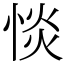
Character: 惔